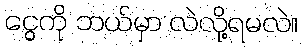
ငွေကို ဘယ်မှာ လဲလို့ရမလဲ။